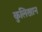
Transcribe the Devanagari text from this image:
कुलिखान